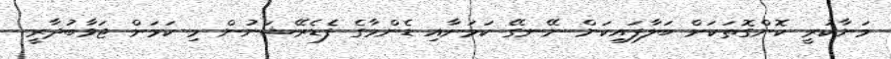
މަނާކުރީ ކޮންގޮތަކަށް ބަލާފައިކަން ނޭނގޭ ކަމަށާއި ޑެންމާގެ ފެޑެރޭޝަނުން މި ކަމަށް ޖަވާބުދާރީ